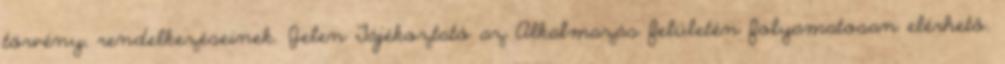
törvény, rendelkezéseinek. Jelen Tájékoztató az Alkalmazás felületén folyamatosan elérhető.